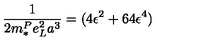
\frac { 1 } { 2 m _ { * } ^ { P } e _ { L } ^ { 2 } a ^ { 3 } } = ( 4 \epsilon ^ { 2 } + 6 4 \epsilon ^ { 4 } )